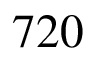
7 2 0